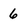
Character: 6